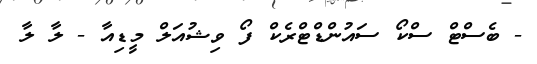
- ބެސްޓް ސްކޯ ސައުންޑްޓްރެކް ފޯ ވިޝުއަލް މީޑިއާ - ލާ ލާ